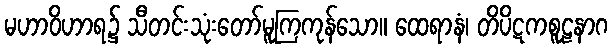
မဟာဝိဟာရ၌ သီတင်းသုံးတော်မူကြကုန်သော။ ထေရာနံ၊ တိပိဋကစူဠနာဂ